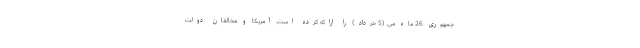
جمهوری 26 ماه می (5 خرداد) را ارائه کرده است. آمریکا و مخالفان دولت